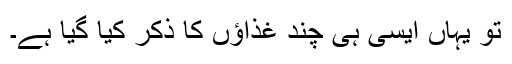
تو یہاں ایسی ہی چند غذاؤں کا ذکر کیا گیا ہے۔